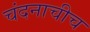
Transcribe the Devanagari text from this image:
चंदनाचीच